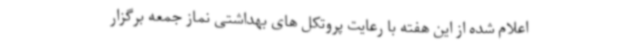
اعلام شده از این هفته با رعایت پروتکل های بهداشتی نماز جمعه برگزار